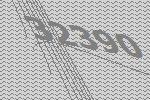
32390